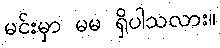
မင်းမှာ မမ ရှိပါသလား။